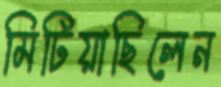
মিটিয়াছিলেন